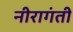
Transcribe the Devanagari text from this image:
नीरागंती